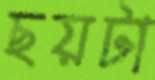
ছয়টা